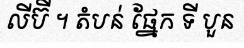
លីប៊ី ។ តំបន់ ផ្នែក ទី បួន